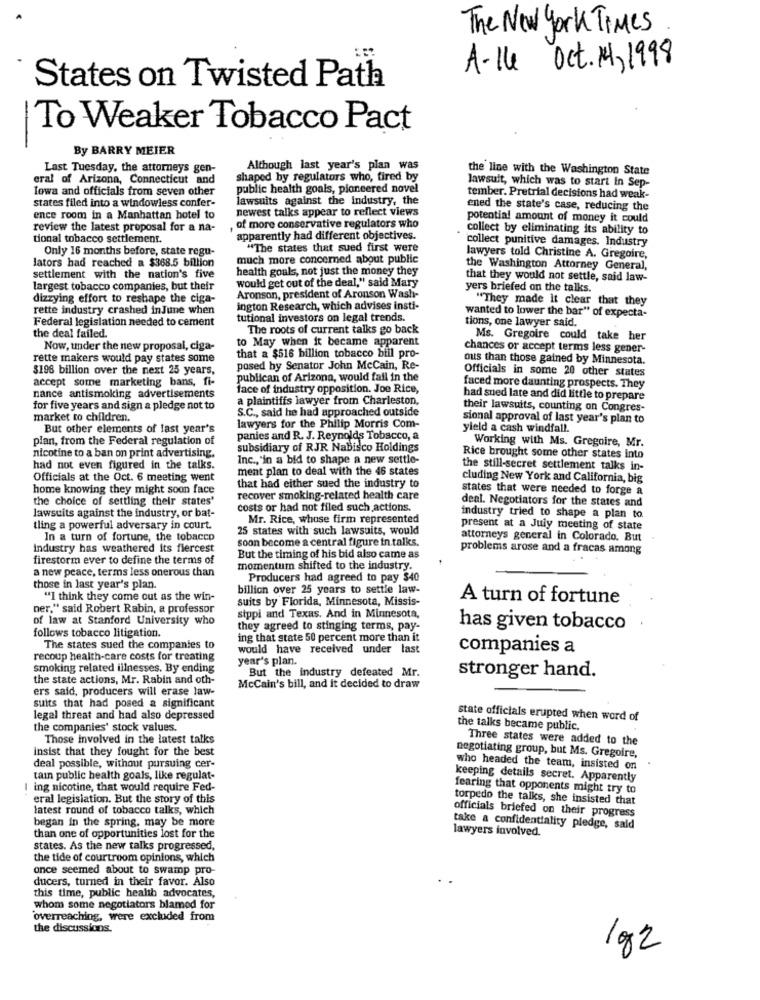
The New York Times
A-Ile Oct. 14, 1998
States on Twisted Path
To Weaker Tobacco Pact
By BARRY MEIER
Last Tuesday, the attorneys gen-
Although last year's plan was
the line with the Washington State
eral of Arizona, Connecticut and
shaped by regulators who, fired by
lawsuit, which was to start in Sep-
Iowa and officials from seven other
public health goals, pioneered novel
states filed into a windowless confer-
lawsuits against the Industry, the
tember. Pretrial decisions had weak-
newest talks appear to reflect views
ened the state's case, reducing the
ence room in a Manhattan hotel to
potential amount of money it could
review the latest proposal for a na-
of more conservative regulators who
collect by eliminating its ability to
tional tobacco settlement.
apparently had different objectives.
collect punitive damages. Industry
Only 16 months before, state regu-
"The states that sued first were
lators had reached a $368.5 billion
much more concerned about public
lawyers told Christine A. Gregoire,
health goals, not just the money they
the Washington Attorney General,
settlement with the nation's five
would get out of the deal," said Mary
that they would not settle, said law-
largest tobacco companies, but their
yers briefed on the talks.
dizzying effort to reshape the ciga-
Aronson, president of Aronson Wash-
"They made it clear that they
rette industry crashed inJune when
ington Research, which advises insti-
Federal legislation needed to cement
tutional investors on legal trends.
wanted to lower the bar" of expecta-
tions, one lawyer said.
The roots of current talks go back
the deal failed.
to May when it became apparent
Ms. Gregoire could take her
Now, under the new proposal, ciga-
chances or accept terms less gener-
rette makers would pay states some
that a $516 billion tobacco bill pro-
ous than those gained by Minnesota.
$198 billion over the next 25 years,
posed by Senator John McCain, Re-
Officials in some 20 other states
accept some marketing bans, fi-
publican of Arizona, would fall in the
face of industry opposition. Joe Rice,
faced more daunting prospects. They
nance antismoking advertisements
a plaintiffs lawyer from Charleston,
had sued late and did little to prepare
for five years and sign a pledge not to
S.C ., said he had approached outside
their lawsuits, counting on Congres-
market to children.
sional approval of last year's plan to
But other elements of last year's
lawyers for the Philip Morris Com-
yield a cash windfall.
plan, from the Federal regulation of
panics and R. J. Reynolds Tobacco, a
Working with Ms. Gregoire, Mr.
subsidiary of RJR Nabisco Holdings
nicotine to a ban on print advertising.
Inc ., "in a bid to shape a new settle-
Rice brought some other states into
had not even figured in the talks.
ment plan to deal with the 46 states
the still-secret settlement talks in-
Officials at the Oct. 6 meeting went
cluding New York and California, big
home knowing they might soon face
that had either sued the industry to
states that were needed to forge a
the choice of settling their states'
recover smoking-related health care
deal. Negotiators for the states and
lawsuits against the industry, or bat-
costs or had not filed such actions.
Mr. Rice, whose firm represented
industry tried to shape a plan to
tling a powerful adversary in court.
25 states with such lawsuits, would
present at a July meeting of state
In a turn of fortune, the tobacco
soon become a central figure in talks.
attorneys general in Colorado. But
Industry has weathered its flercest
problems arose and a fracas among
firestorm ever to define the terms of
But the timing of his bid also came as
a new peace, terms less onerous than
momentum shifted to the industry.
Producers had agreed to pay $40
those in last year's plan.
billion over 25 years to settle law-
"I think they come out as the win-
suits by Florida, Minnesota, Missis-
A turn of fortune
ner," said Robert Rabin, a professor
of law at Stanford University who
sippi and Texas. And in Minnesota,
follows tobacco litigation.
they agreed to stinging terms, pay-
has given tobacco
ing that state 50 percent more than it
The states sued the companies to
would have received under last
companies a
recoup health-care costs for treating
year's plan.
smoking related illnesses. By ending
But the industry defeated Mr.
the state actions, Mr. Rabin and oth-
stronger hand.
ers said, producers will erase law-
McCain's bill, and it decided to draw
suits that had posed a significant
legal threat and had also depressed
state officials erupted when word of
the companies' stock values.
the talks became public.
Those involved in the latest talks
Three states were added to the
Insist that they fought for the best
negotiating group, but Ms. Gregoire,
deal possible, without pursuing cer-
who headed the team, insisted on
tain public health goals, like regulat-
keeping details secret. Apparently
I ing nicotine, that would require Fed-
fearing that opponents might try to
eral legislation. But the story of this
torpedo the talks, she insisted that
latest round of tobacco talks, which
began in the spring, may be more
officials briefed on their progress
take a confidentiality pledge, said
lawyers involved.
than one of opportunities lost for the
states. As the new talks progressed,
the tide of courtroom opinions, which
once seemed about to swamp pro-
ducers, turned in their favor. Also
this time, public health advocates,
whom some negotiators blamed for
overreaching, were excluded from
the discussions.